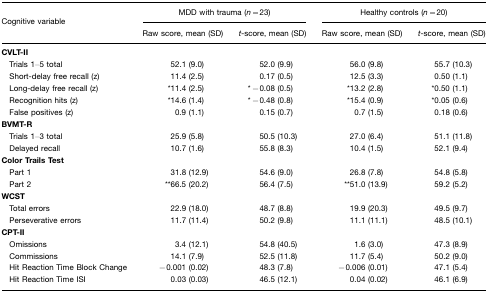
<table><thead><tr><td rowspan="3"><b>Cognitive variable</b></td><td colspan="2"><b>MDD with trauma (<i>n</i>=23)</b></td><td colspan="2"><b>Healthy controls (<i>n</i>=20)</b></td></tr><tr><td><b>Raw score, mean (SD)</b></td><td><b><i>t-</i>score, mean (SD)</b></td><td><b>Raw score, mean (SD)</b></td><td><b><i>t</i>-score, mean (SD)</b></td></tr></thead><tbody><tr><td><b>CVLT-II</b></td><td>[EMPTY_CELL]</td><td>[EMPTY_CELL]</td><td>[EMPTY_CELL]</td><td>[EMPTY_CELL]</td></tr><tr><td> Trials 1–5 total</td><td>52.1 (9.0)</td><td>52.0 (9.9)</td><td>56.0 (9.8)</td><td>55.7 (10.3)</td></tr><tr><td> Short-delay free recall (z)</td><td>11.4 (2.5)</td><td>0.17 (0.5)</td><td>12.5 (3.3)</td><td>0.50 (1.1)</td></tr><tr><td> Long-delay free recall (z)</td><td>*11.4 (2.5)</td><td>*−0.08 (0.5)</td><td>*13.2 (2.8)</td><td>*0.50 (1.1)</td></tr><tr><td> Recognition hits (z)</td><td>*14.6 (1.4)</td><td>*−0.48 (0.8)</td><td>*15.4 (0.9)</td><td>*0.05 (0.6)</td></tr><tr><td> False positives (z)</td><td>0.9 (1.1)</td><td>0.15 (0.7)</td><td>0.7 (1.5)</td><td>0.18 (0.6)</td></tr><tr><td><b>BVMT-R</b></td><td>[EMPTY_CELL]</td><td>[EMPTY_CELL]</td><td>[EMPTY_CELL]</td><td>[EMPTY_CELL]</td></tr><tr><td> Trials 1–3 total</td><td>25.9 (5.8)</td><td>50.5 (10.3)</td><td>27.0 (6.4)</td><td>51.1 (11.8)</td></tr><tr><td> Delayed recall</td><td>10.7 (1.6)</td><td>55.8 (8.3)</td><td>10.4 (1.5)</td><td>52.1 (9.4)</td></tr><tr><td><b>Color Trails Test</b></td><td>[EMPTY_CELL]</td><td>[EMPTY_CELL]</td><td>[EMPTY_CELL]</td><td>[EMPTY_CELL]</td></tr><tr><td> Part 1</td><td>31.8 (12.9)</td><td>54.6 (9.0)</td><td>26.8 (7.8)</td><td>54.8 (5.8)</td></tr><tr><td> Part 2</td><td>**66.5 (20.2)</td><td>56.4 (7.5)</td><td>**51.0 (13.9)</td><td>59.2 (5.2)</td></tr><tr><td><b>WCST</b></td><td>[EMPTY_CELL]</td><td>[EMPTY_CELL]</td><td>[EMPTY_CELL]</td><td>[EMPTY_CELL]</td></tr><tr><td> Total errors</td><td>22.9 (18.0)</td><td>48.7 (8.8)</td><td>19.9 (20.3)</td><td>49.5 (9.7)</td></tr><tr><td> Perseverative errors</td><td>11.7 (11.4)</td><td>50.2 (9.8)</td><td>11.1 (11.1)</td><td>48.5 (10.1)</td></tr><tr><td><b>CPT-II</b></td><td>[EMPTY_CELL]</td><td>[EMPTY_CELL]</td><td>[EMPTY_CELL]</td><td>[EMPTY_CELL]</td></tr><tr><td> Omissions</td><td>3.4 (12.1)</td><td>54.8 (40.5)</td><td>1.6 (3.0)</td><td>47.3 (8.9)</td></tr><tr><td> Commissions</td><td>14.1 (7.9)</td><td>52.5 (11.8)</td><td>11.7 (5.4)</td><td>50.2 (9.0)</td></tr><tr><td> Hit Reaction Time Block Change</td><td>−0.001 (0.02)</td><td>48.3 (7.8)</td><td>−0.006 (0.01)</td><td>47.1 (5.4)</td></tr><tr><td> Hit Reaction Time ISI</td><td>0.03 (0.03)</td><td>46.5 (12.1)</td><td>0.04 (0.02)</td><td>46.1 (6.9)</td></tr></tbody></table>